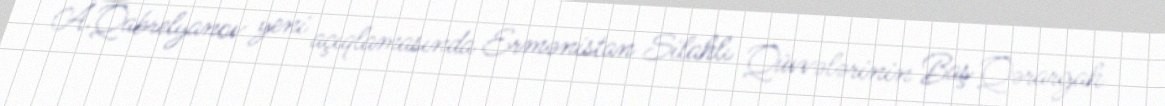
A.Qabrelyanov yeni açıqlamasında Ermənistan Silahlı Qüvvələrinin Baş Qərargah